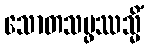
သောတသမ္ဖဿသ္မိံ